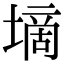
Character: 墑